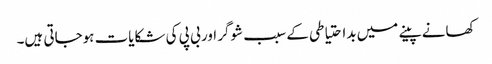
کھانے پینے میں بداحتیاطی کے سبب شوگر اور بی پی کی شکایات ہوجاتی ہیں۔